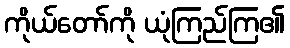
ကိုယ်တော်ကို ယုံကြည်ကြ၏